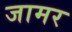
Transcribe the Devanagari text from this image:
जामर